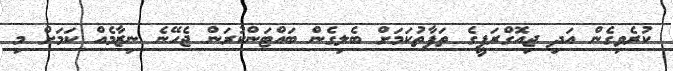
ކުރެވިގެން އަދި ޖިއޮގްރަފީގެ ތަފާތުކަމަށް ބެލިގެން ބައްޓަންކުރަން ޖެހޭނެ ނިޒާމެއް ކަމަށް މި